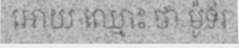
អោយ ឈ្មោះ ថា ម៉ូទ័រ